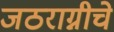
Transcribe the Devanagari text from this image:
जठराग्नीचे